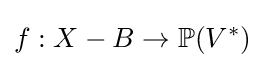
f:X-B\to \mathbb {P} (V^{*})